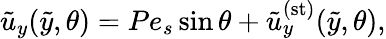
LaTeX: \tilde{u}_{y}(\tilde{y},\theta)={Pe}_{s}\sin{\theta}+\tilde{u}_{y}^{(\mathrm{st})}(\tilde{y},\theta),